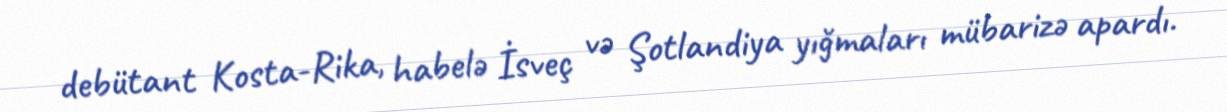
debütant Kosta-Rika, habelə İsveç və Şotlandiya yığmaları mübarizə apardı.